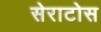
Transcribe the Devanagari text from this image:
सेराटोस